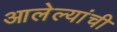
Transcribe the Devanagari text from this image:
आलेल्यांची